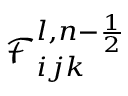
\mathcal { F } _ { i j k } ^ { l , n - \frac { 1 } { 2 } }